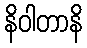
နိဝါတာနိ